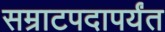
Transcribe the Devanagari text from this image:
सम्राटपदापर्यंत